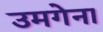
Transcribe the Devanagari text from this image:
उमगेना